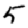
Digit: 5